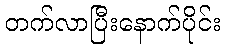
တက်လာပြီးနောက်ပိုင်း